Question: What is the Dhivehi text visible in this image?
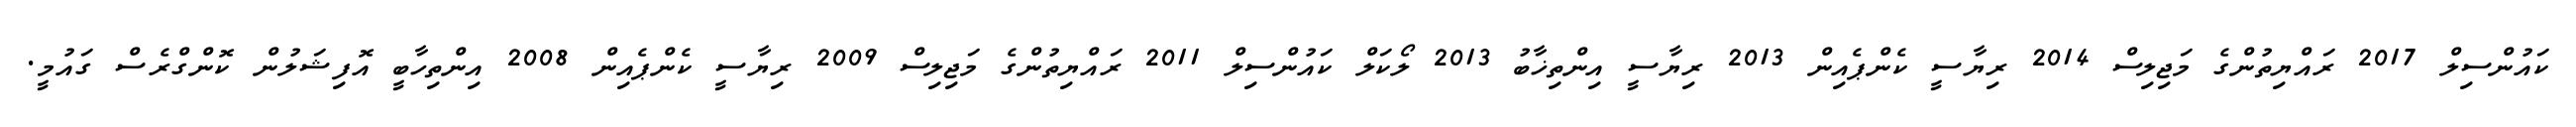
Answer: ކައުންސިލް 2017 ރައްޔިތުންގެ މަޖިލިސް 2014 ރިޔާސީ ކެންޕެއިން 2013 ރިޔާސީ އިންތިޚާބު 2013 ލޯކަލް ކައުންސިލް 2011 ރައްޔިތުންގެ މަޖިލިސް 2009 ރިޔާސީ ކެންޕެއިން 2008 އިންތިހާބީ އޮފިޝަލުން ކޮންގްރެސް ގައުމީ.